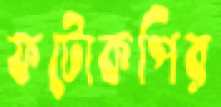
ফটোকপির